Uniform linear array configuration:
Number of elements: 64
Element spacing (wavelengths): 0.75
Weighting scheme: blackman
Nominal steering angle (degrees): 15
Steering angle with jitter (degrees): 15.464
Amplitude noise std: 0.05
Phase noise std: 0.05

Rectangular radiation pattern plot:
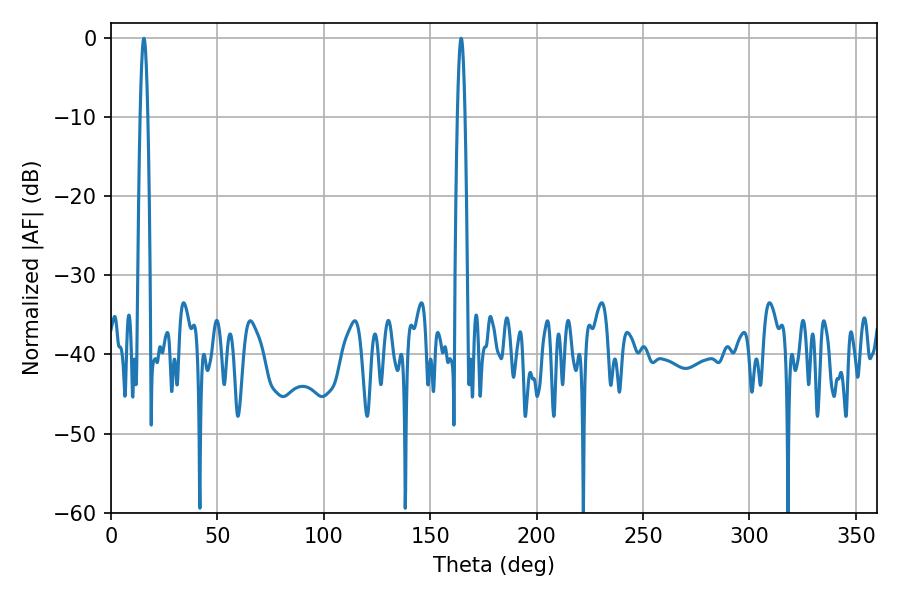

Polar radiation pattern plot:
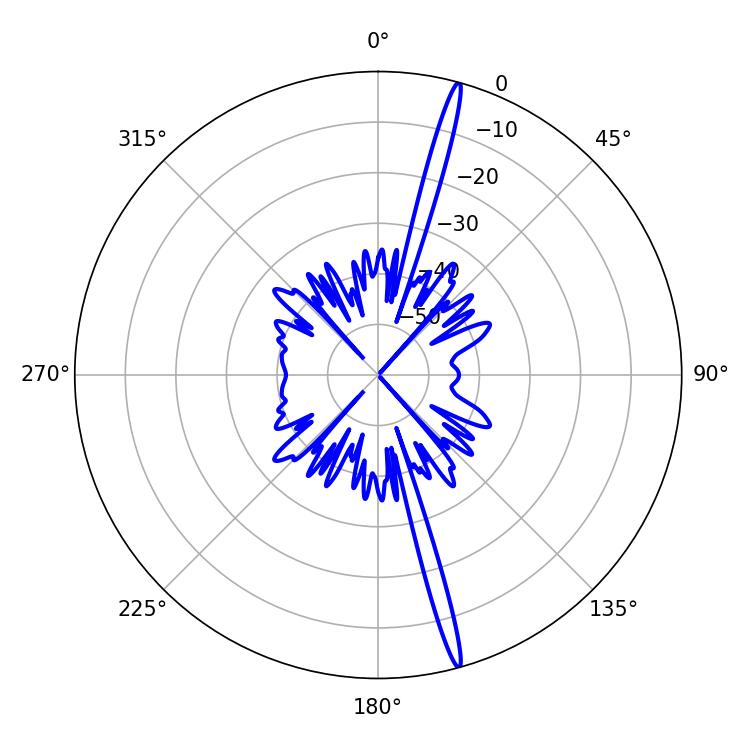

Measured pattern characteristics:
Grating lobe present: TRUE
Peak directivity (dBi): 19.976
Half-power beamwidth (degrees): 1.8
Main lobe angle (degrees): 164.52